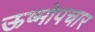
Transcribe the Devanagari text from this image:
ऊष्मोपचार